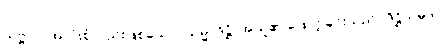
သဗ္ဗာပိ၊ အလုံးစုံလည်းဖြစ်သော။ သမ္မာဒိဋ္ဌိ၊ အယူ၏ ဖြောင့်ခြင်းသည်။ ဒိဋ္ဌိသမ္ပဒါ၊